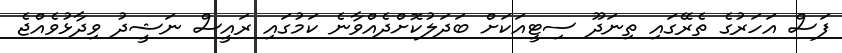
ފަސް އަހަރުގެ ތެރޭގައި ތިނަދޫ ސިޓީއަކަށް ބަދަލުކޮށްދެއްވާނެ ކަމުގައި ރައީސް ނަޝީދު ވިދާޅުވެއްޖެ